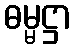
ဓမ္မဋ္ဌာ